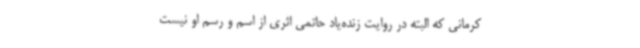
کرمانی که البته در روایت زنده‌یاد حاتمی اثری از اسم و رسم او نیست